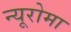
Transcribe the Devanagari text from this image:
न्यूरोमा